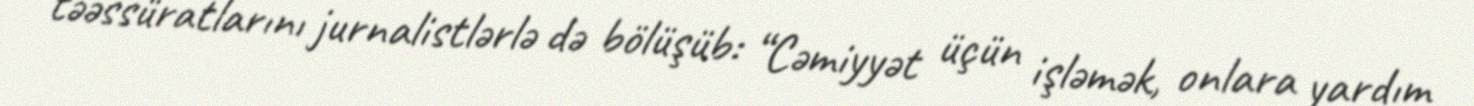
təəssüratlarını jurnalistlərlə də bölüşüb: “Cəmiyyət üçün işləmək, onlara yardım